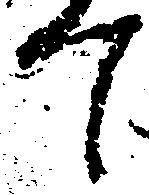
て